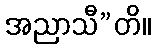
အညာသီ”တိ။